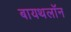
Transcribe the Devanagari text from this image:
बायथलॉन